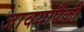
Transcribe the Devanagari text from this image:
जावयापैकी